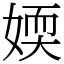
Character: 媆